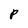
Character: p